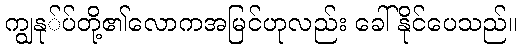
ကျွနု်ပ်တို့၏လောကအမြင်ဟုလည်း ခေါ်နိုင်ပေသည်။